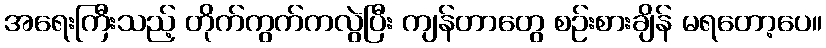
အရေးကြီးသည့် တိုက်ကွက်ကလွဲပြီး ကျန်တာတွေ စဉ်းစားချိန် မရတော့ပေ။